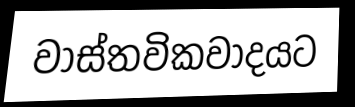
වාස්තවිකවාදයට